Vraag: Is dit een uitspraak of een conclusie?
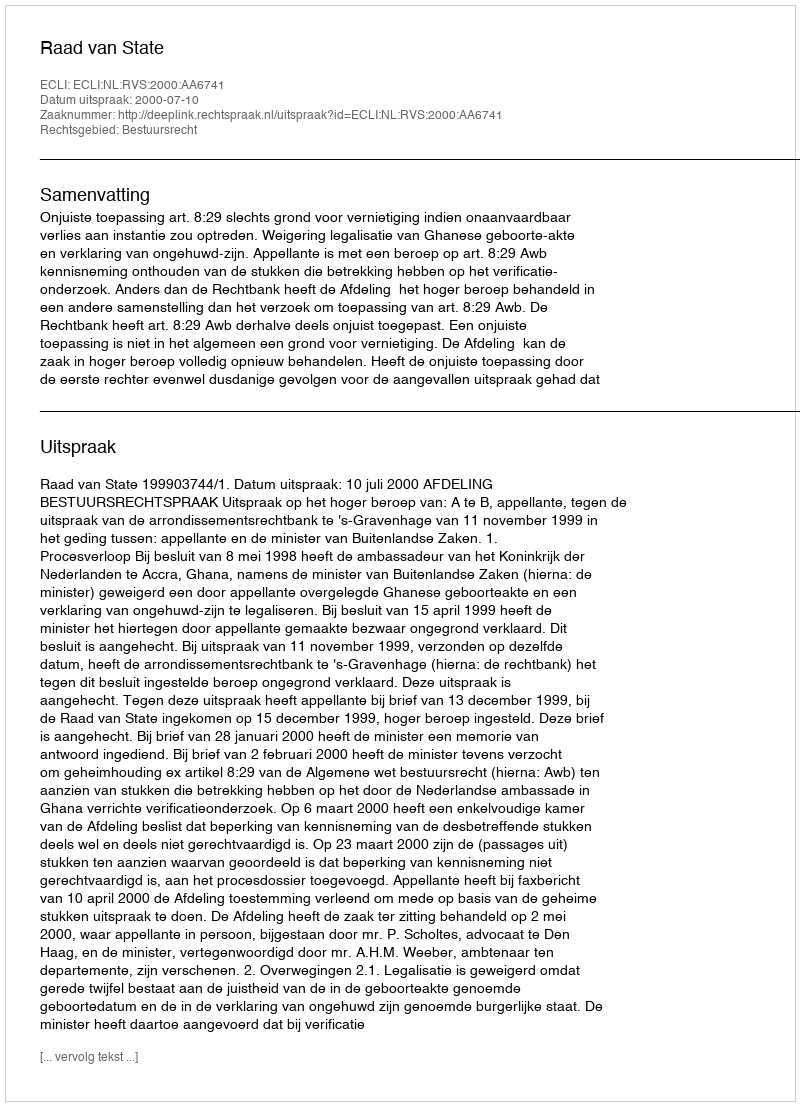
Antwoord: Uitspraak